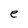
Character: e